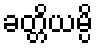
ခတ္တိယမ္ပိ